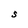
Character: S